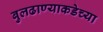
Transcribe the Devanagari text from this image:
बुलढाण्याकडेच्या